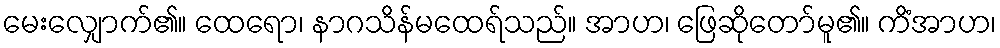
မေးလျှောက်၏။ ထေရော၊ နာဂသိန်မထေရ်သည်။ အာဟ၊ ဖြေဆိုတော်မူ၏။ ကိံအာဟ၊